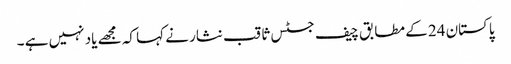
پاکستان 24 کے مطابق چیف جسٹس ثاقب نثار نے کہا کہ مجھے یاد نہیں ہے ۔